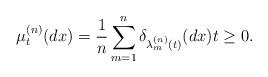
LaTeX: \begin{align*}\mu_{t}^{(n)}(dx)=\frac{1}{n}\sum_{m=1}^{n}\delta_{\lambda_{m}^{(n)}(t)}(dx)t\geq0.\end{align*}